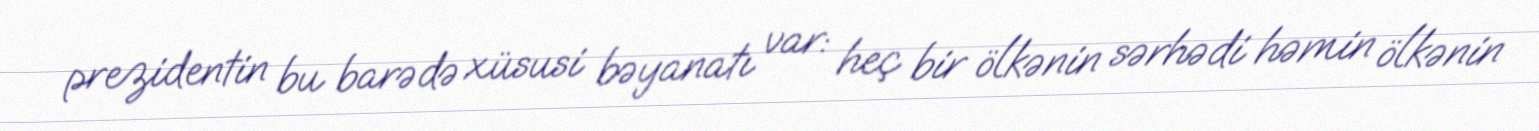
prezidentin bu barədə xüsusi bəyanatı var: heç bir ölkənin sərhədi həmin ölkənin